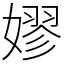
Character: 嫪